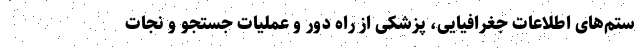
ستم‌های اطلاعات جغرافیایی، پزشکی از راه دور و عملیات جستجو و نجات